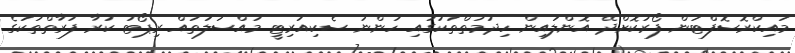
މައިކްރޮސޮފްޓުން ފޯރުކޮށްދޭ އޮންލައިން ހިދުމަތްތަކުގައި ހުންނަ ސެކިއުރިޓީ މައްސަލަތައް ރިޕޯޓު ކުރާ ފަރާތްތަކުގެ